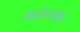
ઘટાડતા